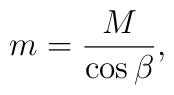
m = \frac{M}{\cos{\beta}}  ,